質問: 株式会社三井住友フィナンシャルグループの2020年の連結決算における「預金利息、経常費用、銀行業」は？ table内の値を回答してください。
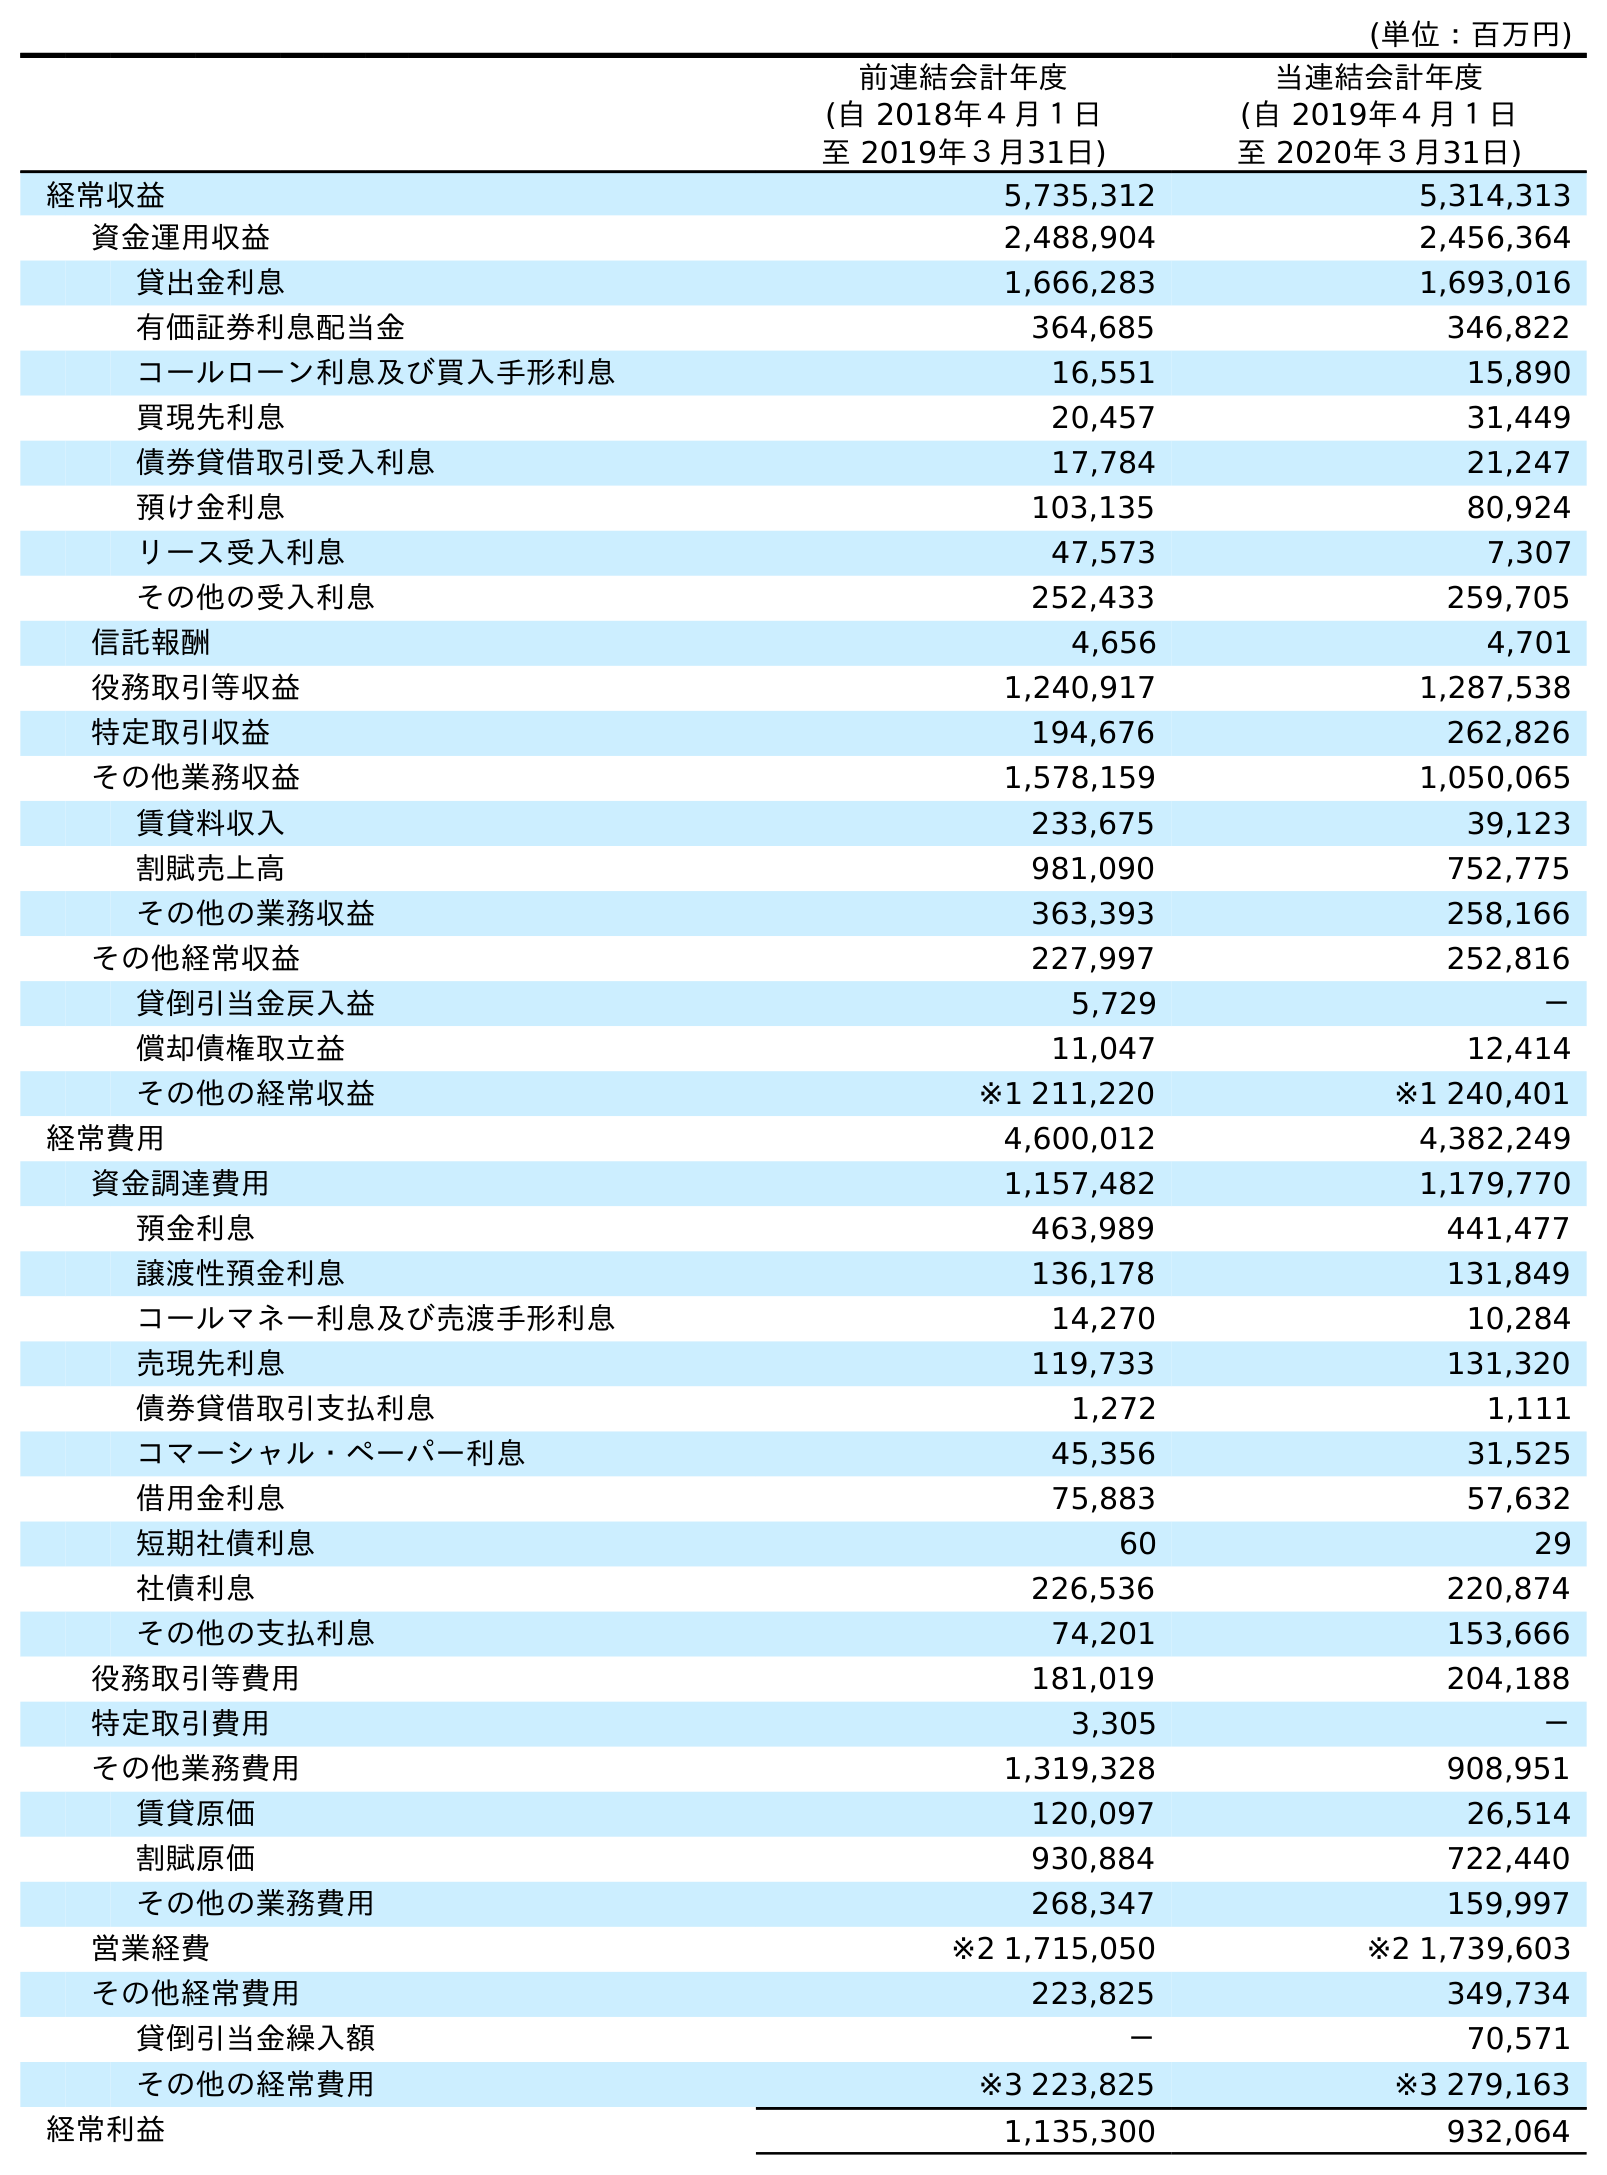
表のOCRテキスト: (単位：百万円) 前連結会計年度 (自 2018年４月１日 至 2019年３月31日) 当連結会計年度 (自 2019年４月１日 至 2020年３月31日) 経常収益 5,735,312 5,314,313 資金運用収益 2,488,904 2,456,364 貸出金利息 1,666,283 1,693,016 有価証券利息配当金 364,685 346,822 コールローン利息及び買入手形利息 16,551 15,890 買現先利息 20,457 31,449 債券貸借取引受入利息 17,784 21,247 預け金利息 103,135 80,924 リース受入利息 47,573 7,307 その他の受入利息 252,433 259,705 信託報酬 4,656 4,701 役務取引等収益 1,240,917 1,287,538 特定取引収益 194,676 262,826 その他業務収益 1,578,159 1,050,065 賃貸料収入 233,675 39,123 割賦売上高 981,090 752,775 その他の業務収益 363,393 258,166 その他経常収益 227,997 252,816 貸倒引当金戻入益 5,729 － 償却債権取立益 11,047 12,414 その他の経常収益 ※1 211,220 ※1 240,401 経常費用 4,600,012 4,382,249 資金調達費用 1,157,482 1,179,770 預金利息 463,989 441,477 譲渡性預金利息 136,178 131,849 コールマネー利息及び売渡手形利息 14,270 10,284 売現先利息 119,733 131,320 債券貸借取引支払利息 1,272 1,111 コマーシャル・ペーパー利息 45,356 31,525 借用金利息 75,883 57,632 短期社債利息 60 29 社債利息 226,536 220,874 その他の支払利息 74,201 153,666 役務取引等費用 181,019 204,188 特定取引費用 3,305 － その他業務費用 1,319,328 908,951 賃貸原価 120,097 26,514 割賦原価 930,884 722,440 その他の業務費用 268,347 159,997 営業経費 ※2 1,715,050 ※2 1,739,603 その他経常費用 223,825 349,734 貸倒引当金繰入額 － 70,571 その他の経常費用 ※3 223,825 ※3 279,163 経常利益 1,135,300 932,064
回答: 441,477